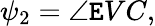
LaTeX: \psi_{2}=\angle\mathtt{E}VC,